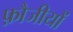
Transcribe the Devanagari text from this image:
फ़ौजीयों